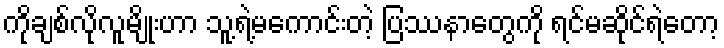
ကိုချစ်လိုလူမျိုးဟာ သူ့ရဲ့မကောင်းတဲ့ ပြဿနာတွေကို ရင်မဆိုင်ရဲတော့